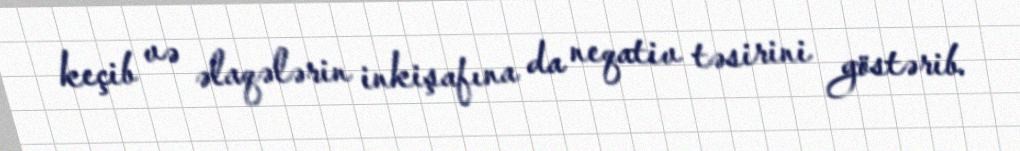
keçib və əlaqələrin inkişafına da neqativ təsirini göstərib.